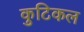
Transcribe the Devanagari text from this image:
कुटिकल